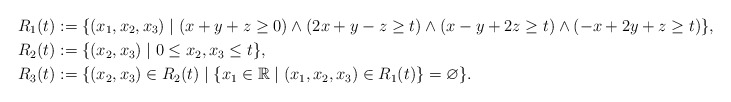
\begin{align*}R_1(t) &:= \{(x_1, x_2, x_3) \mid (x+y+z \ge 0) \wedge (2x+y-z\ge t) \wedge (x-y+2z \ge t) \wedge (-x+2y+z\ge t)\}, \\R_2(t) &:= \{(x_2,x_3) \mid 0 \le x_2, x_3 \le t\}, \\R_3(t) &:= \{(x_2, x_3) \in R_2(t) \mid \{x_1 \in \mathbb{R} \mid (x_1, x_2, x_3) \in R_1(t)\} = \varnothing\}.\end{align*}